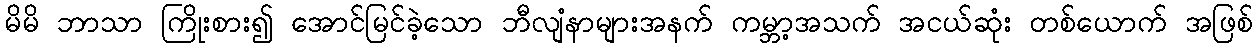
မိမိ ဘာသာ ကြိုးစား၍ အောင်မြင်ခဲ့သော ဘီလျံနာများအနက် ကမ္ဘာ့အသက် အငယ်ဆုံး တစ်ယောက် အဖြစ်